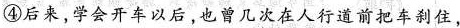
④后来，学会开车以后，也曾几次在人行道前把车刹住，